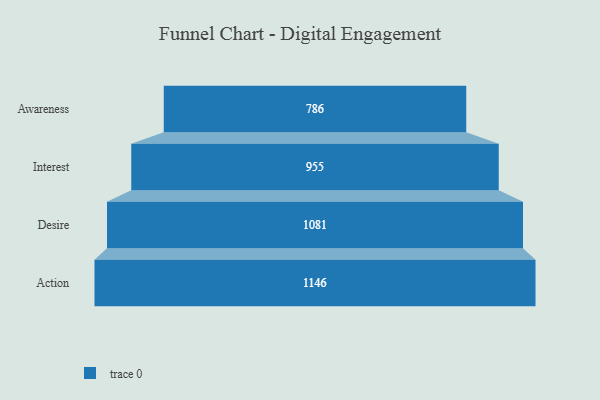
{"axis": {"x": "Stage", "y": "Value"}, "legend": [""], "data": [{"x": "Awareness", "y": 786.0, "type": ""}, {"x": "Interest", "y": 955.0, "type": ""}, {"x": "Desire", "y": 1081.0, "type": ""}, {"x": "Action", "y": 1146.0, "type": ""}]}